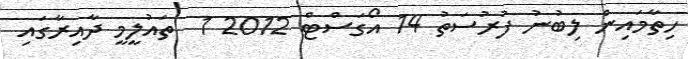
ހިތާމައިން ލިބުނު ފުރުސަތު 14 އޯގަސްޓް 2012 1  ތައުލީމީ ދާއިރާގައި